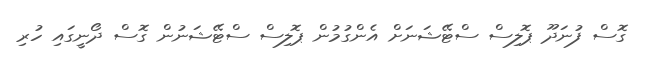
ގޮސް ފުނަދޫ ޕޮލިސް ސްޓޭޝަނަށް އެންގުމުން ޕޮލިސް ސްޓޭޝަނުން ގޮސް ދޯނީގައި ހުރި